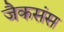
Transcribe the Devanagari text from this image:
जैकसंस